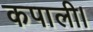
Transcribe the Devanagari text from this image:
कपाली।